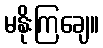
မနိုးကြချေ။